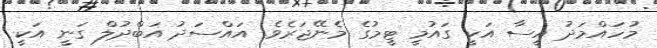
މުހައްމަދު އީސާ އަކީ ގައުމީ ޓީމުގެ މެނޭޖަރެވެ. އައްސަދު އަބްދުލް ގަނީ އަކީ